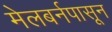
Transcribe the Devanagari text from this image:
मेलबर्नपासून